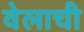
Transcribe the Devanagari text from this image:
वेलाची